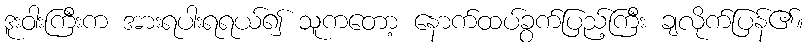
ဒူးဝါးကြီးက အားရပါးရရယ်၍ သူကတော့ နောက်ထပ်ခွက်ပြည့်ကြီး ချလိုက်ပြန်၏။